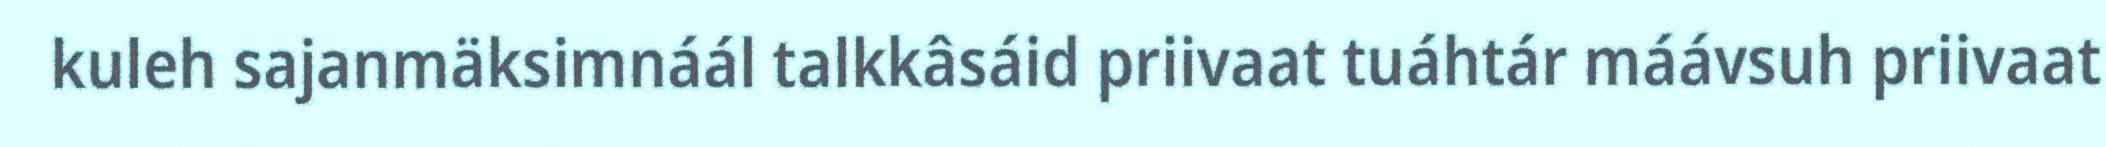
kuleh sajanmäksimnáál talkkâsáid priivaat tuáhtár máávsuh priivaat